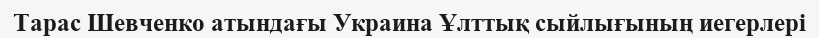
Тарас Шевченко атындағы Украина Ұлттық сыйлығының иегерлері